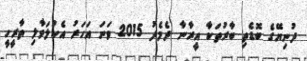
ދުނިޔޭގެ ބޮޑެތި ބާރުތަކާ އީރާނާ ދެމެދު 2015 ވަނަ އަހަރު އެކުލަވާލި ތާރީހީ